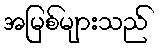
အမြစ်များသည်